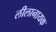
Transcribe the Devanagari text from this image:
लीलानायक